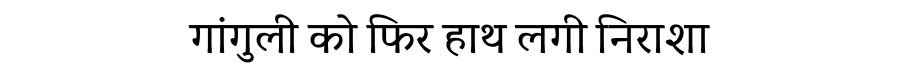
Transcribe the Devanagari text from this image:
गांगुली को फिर हाथ लगी निराशा